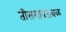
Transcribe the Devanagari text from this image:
तीसगावजवळ